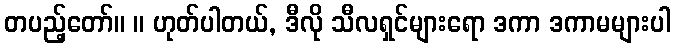
တပည့်တော်။ ။ ဟုတ်ပါတယ်, ဒီလို သီလရှင်များရော ဒကာ ဒကာမများပါ